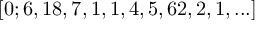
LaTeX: [ 0 ; 6 , 1 8 , 7 , 1 , 1 , 4 , 5 , 6 2 , 2 , 1 , . . . ]